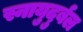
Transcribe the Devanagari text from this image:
स्नायुदुर्बल